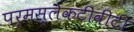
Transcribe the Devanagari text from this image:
पर्मस्लेकटीवीटी